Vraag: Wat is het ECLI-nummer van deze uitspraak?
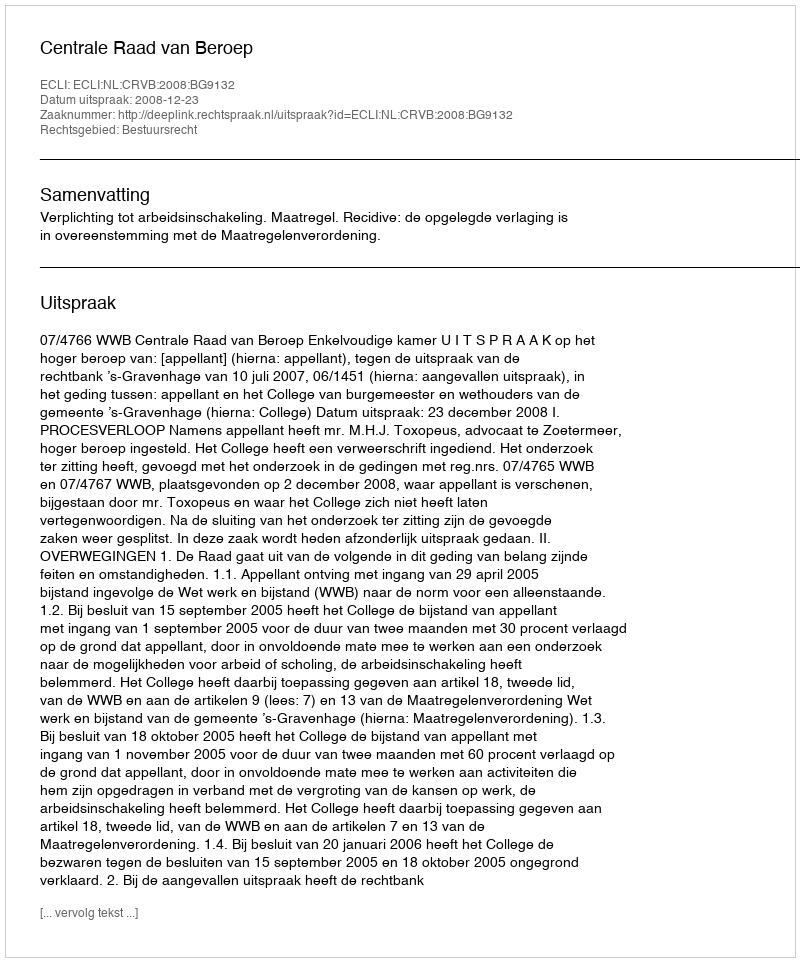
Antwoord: ECLI:NL:CRVB:2008:BG9132